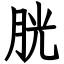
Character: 胱